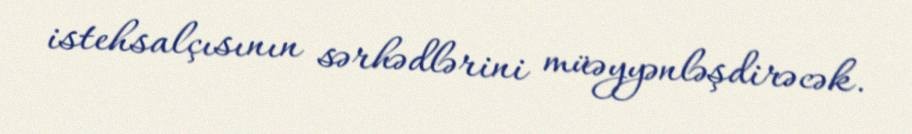
istehsalçısının sərhədlərini müəyyənləşdirəcək.